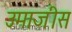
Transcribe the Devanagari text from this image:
उमाजीस